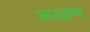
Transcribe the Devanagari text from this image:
अरक़म